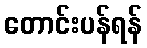
တောင်းပန်ရန်